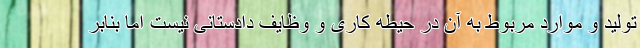
تولید و موارد مربوط به آن در حیطه کاری و وظایف دادستانی نیست اما بنابر